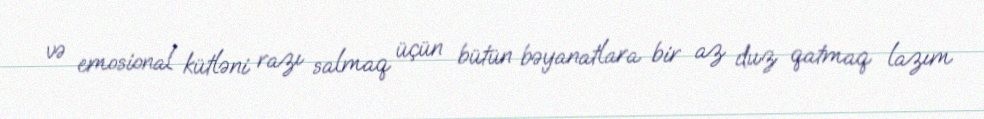
və emosional kütləni razı salmaq üçün bütün bəyanatlara bir az duz qatmaq lazım